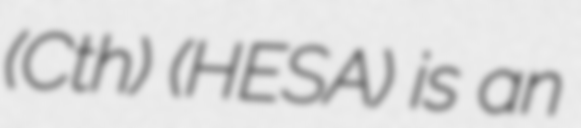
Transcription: (Cth) (HESA) is an